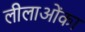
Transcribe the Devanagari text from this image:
लीलाओंका